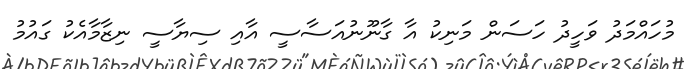
މުހައްމަދު ވަހީދު ހަސަން މަނިކު އާ ގާނޫނުއަސާސީ އާއި ސިޔާސީ ނިޒާމާއެކު ގައުމު